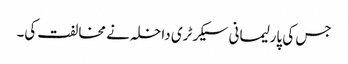
جس کی پارلیمانی سیکرٹری داخلہ نے مخالفت کی۔